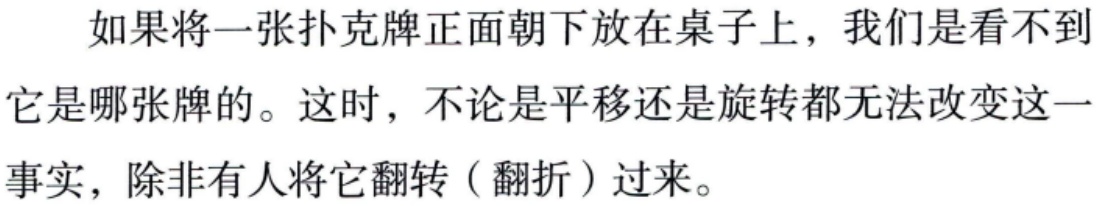
如果将一张扑克牌正面朝下放在桌子上，我们是看不到它是哪张牌的。这时，不论是平移还是旋转都无法改变这一事实，除非有人将它翻转（翻折）过来。